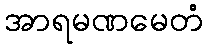
အာရမဏမေတံ